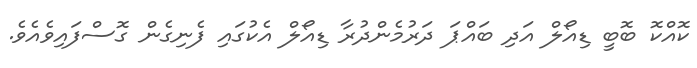
ކޮއްކޮ ބޮބީ ޑިއޯލް އަދި ބައްޕަ ދަރުމެންދުރާ ޑިއޯލް އެކުގައި ފެނިގެން ގޮސްފައިވެއެވެ.